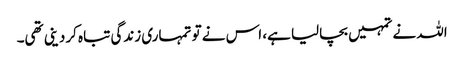
اللہ نے تمہیں بچالیا ہے، اس نے تو تمہاری زندگی تباہ کردینی تھی۔